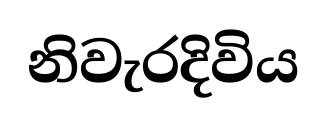
නිවැරදිවිය